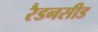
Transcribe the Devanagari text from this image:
रैडनसीड